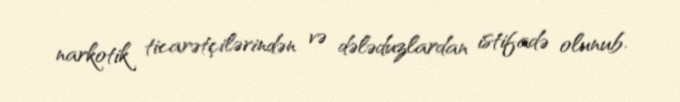
narkotik ticarətçilərindən və dələduzlardan istifadə olunub.